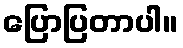
ပြောပြတာပါ။